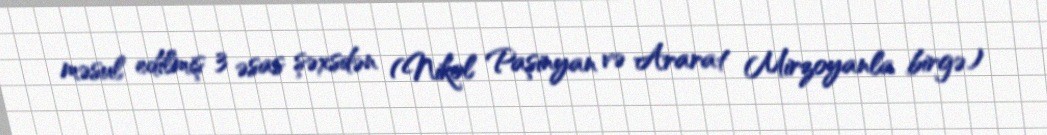
məsul edilmiş 3 əsas şəxsdən (Nikol Paşinyan və Ararat Mirzoyanla birgə)